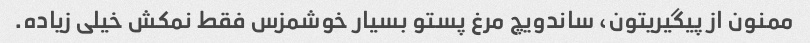
ممنون از پیگیریتون، ساندویچ مرغ پستو بسیار خوشمزس فقط نمکش خیلی زیاده.